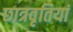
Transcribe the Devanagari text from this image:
छात्रवृतियां